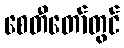
စေတီတော်တွင်